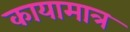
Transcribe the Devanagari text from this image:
कायामात्र